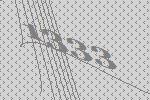
1333